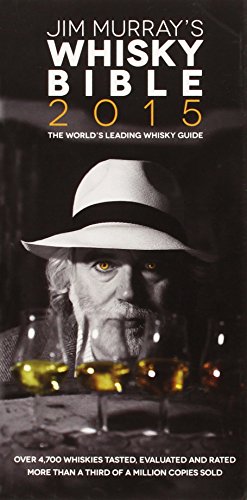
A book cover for Jim Murray's Whisky Bible 2015; Jim Murray; Cookbooks, Food & Wine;